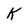
Character: K